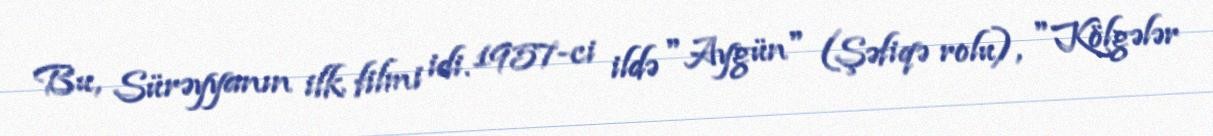
Bu, Sürəyyanın ilk filmi idi. 1957-ci ildə "Aygün" (Şəfiqə rolu), "Kölgələr